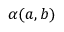
\alpha ( a , b )